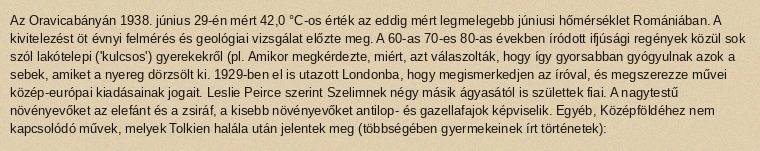
Az Oravicabányán 1938. június 29-én mért 42,0 °C-os érték az eddig mért legmelegebb júniusi hőmérséklet Romániában. A kivitelezést öt évnyi felmérés és geológiai vizsgálat előzte meg. A 60-as 70-es 80-as években íródott ifjúsági regények közül sok szól lakótelepi ('kulcsos') gyerekekről (pl. Amikor megkérdezte, miért, azt válaszolták, hogy így gyorsabban gyógyulnak azok a sebek, amiket a nyereg dörzsölt ki. 1929-ben el is utazott Londonba, hogy megismerkedjen az íróval, és megszerezze művei közép-európai kiadásainak jogait. Leslie Peirce szerint Szelimnek négy másik ágyasától is születtek fiai. A nagytestű növényevőket az elefánt és a zsiráf, a kisebb növényevőket antilop- és gazellafajok képviselik. Egyéb, Középföldéhez nem kapcsolódó művek, melyek Tolkien halála után jelentek meg (többségében gyermekeinek írt történetek):